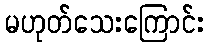
မဟုတ်သေးကြောင်း